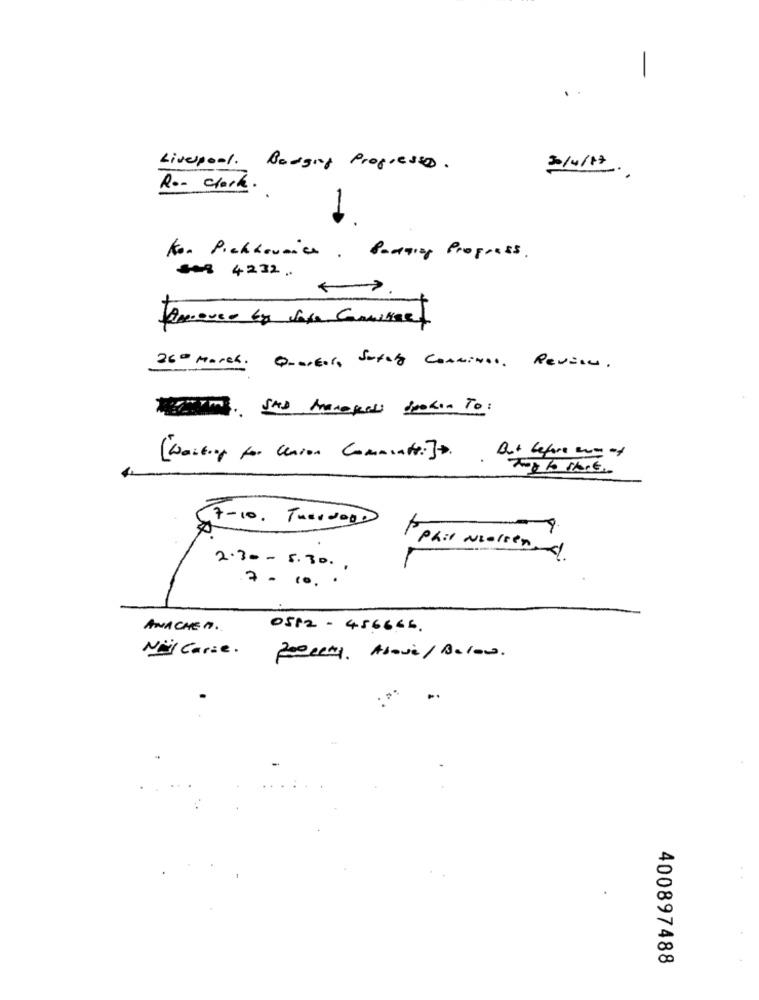
Liverpool. Badging Progresso.
3/4/17
Ro- clark.
Kon Pichhownice , Panning Progress .
##8 4232 .
260 March . Quartal, Safety Conminas, Review .
( Waiting for Cerron Comments:]a.
7-10. Tweedogd
Ppail Nielsen
2.30 - 5.30. .
.7 -10.
ANACHEA.
0512 - 456666.
Mal Carie .
Poolen Above / Below.
400897488